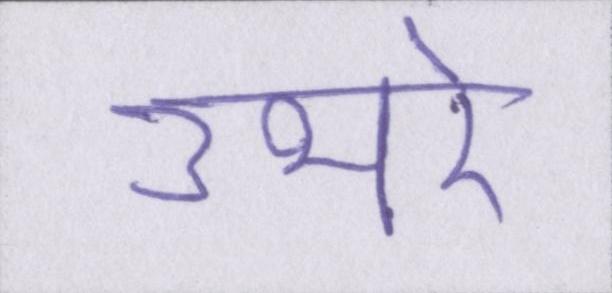
उभरे